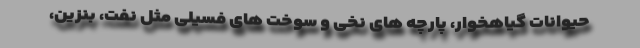
حیوانات گیاهخوار، پارچه های نخی و سوخت های فسیلی مثل نفت، بنزین،